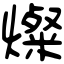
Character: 燦